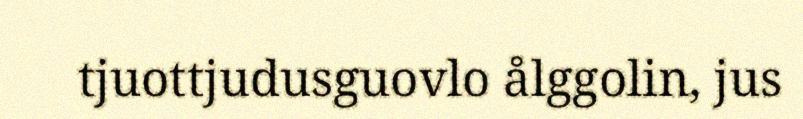
tjuottjudusguovlo ålggolin, jus